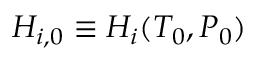
H _ { i , 0 } \equiv H _ { i } ( T _ { 0 } , P _ { 0 } )